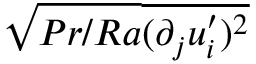
\sqrt { P r / R a } \overline { { ( \partial _ { j } u _ { i } ^ { \prime } ) ^ { 2 } } }